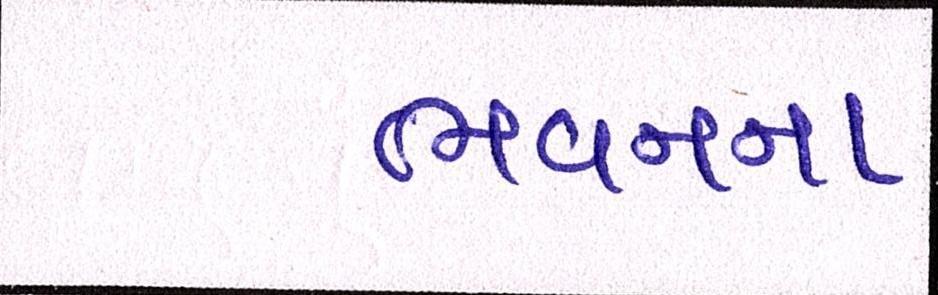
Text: ભવનના